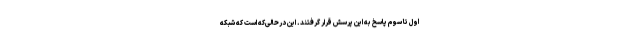
اول تا سوم پاسخ به این پرسش قرار گرفتند. این درحالی‌که است که شبکه